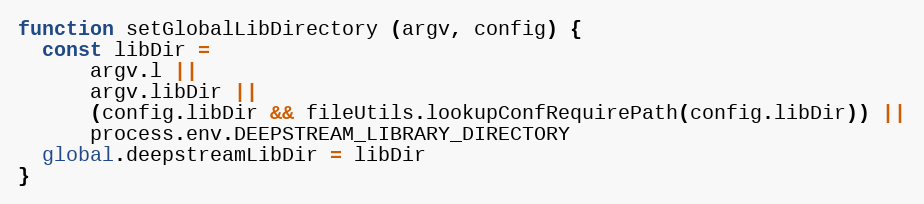
Language: JavaScript
function setGlobalLibDirectory (argv, config) {
  const libDir =
      argv.l ||
      argv.libDir ||
      (config.libDir && fileUtils.lookupConfRequirePath(config.libDir)) ||
      process.env.DEEPSTREAM_LIBRARY_DIRECTORY
  global.deepstreamLibDir = libDir
}